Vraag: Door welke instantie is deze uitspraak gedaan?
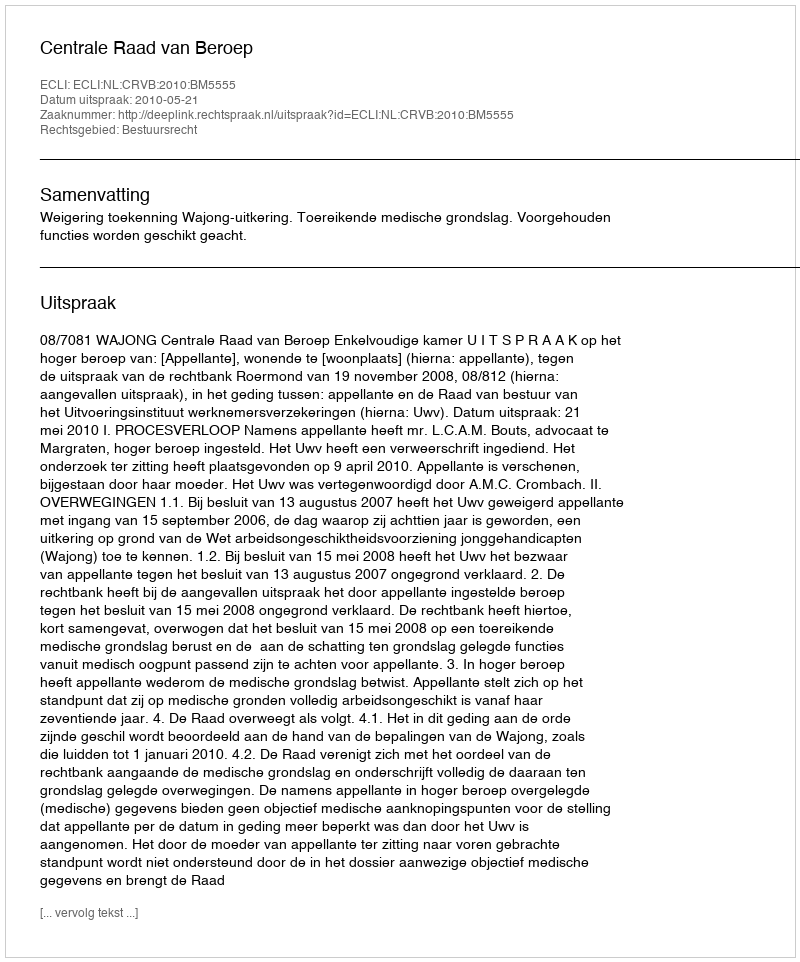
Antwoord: Centrale Raad van Beroep